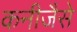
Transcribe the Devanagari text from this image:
कनीजैसे